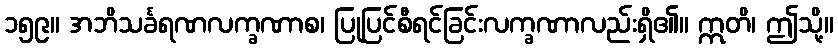
၁၅၉။ အဘိသင်္ခရဏလက္ခဏာစ၊ ပြုပြင်စီရင်ခြင်းလက္ခဏာလည်းရှိ၏။ ဣတိ၊ ဤသို့။